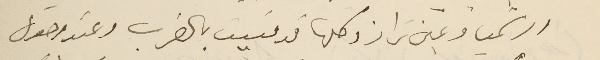
ورشميا وعين تراز وكلها قد منيت بالضرب وعند وصول